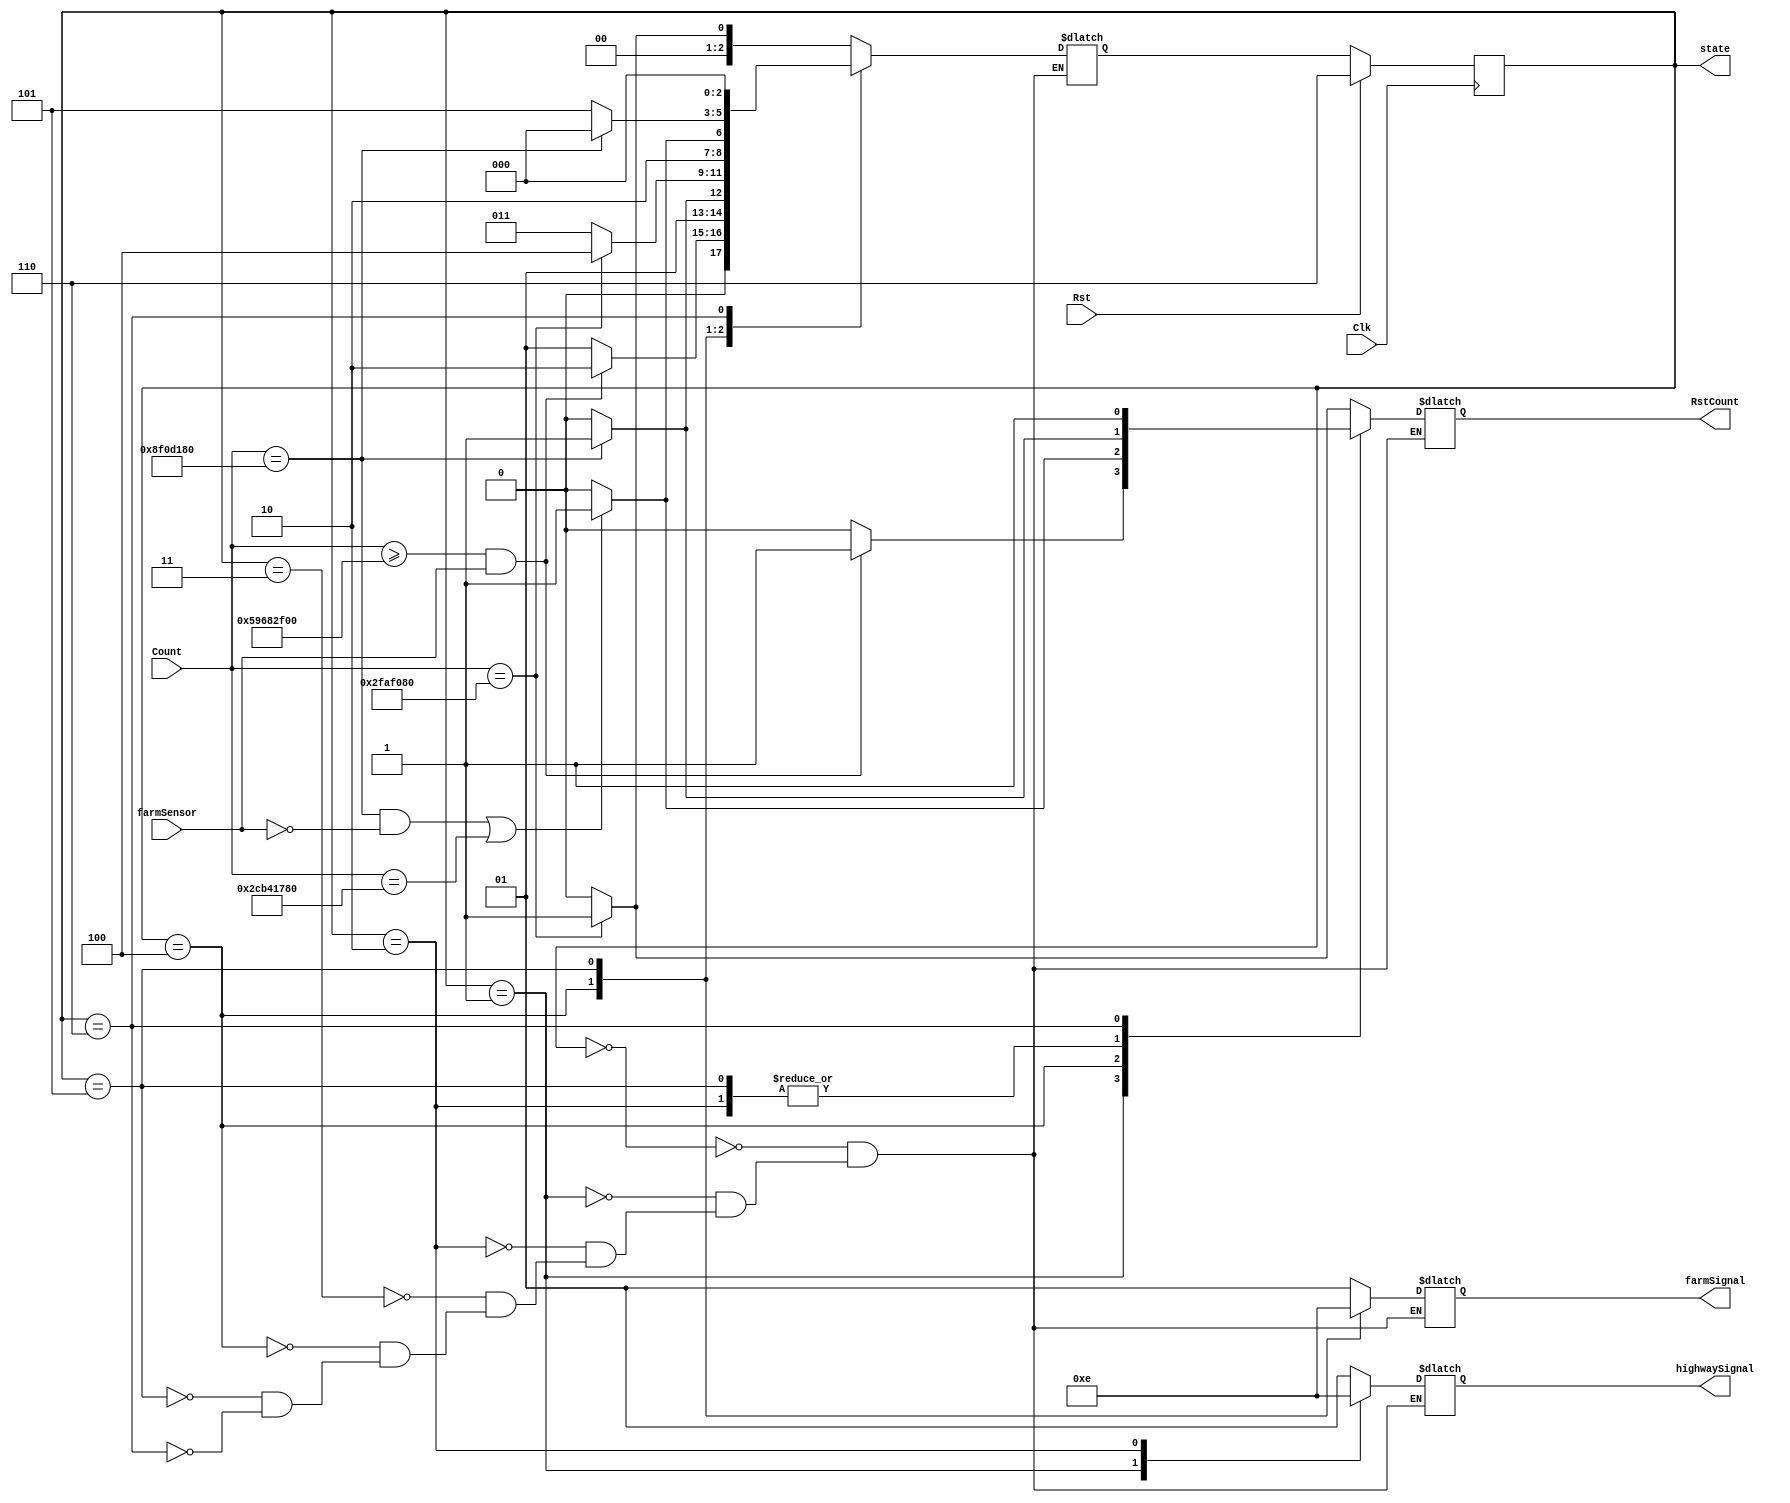
`timescale 1ns / 1ps
`default_nettype none

`define one_sec 50000000
`define three_sec 150000000
`define thirty_sec 1500000000
`define fifteen_sec 750000000

module tlc_fsm(
    output reg [2:0] state, //output for debugging
    output reg RstCount, //use an always block
    output reg [1:0] highwaySignal, farmSignal,
    input wire [30:0] Count,
    input wire Clk, Rst, farmSensor
);

//highway lights
parameter green = 2'b11,
          yellow = 2'b10,
          red = 2'b01;
    
//defining states
parameter S0 = 3'b000,
          S1 = 3'b001,
          S2 = 3'b010,
          S3 = 3'b011,
          S4 = 3'b100,
          S5 = 3'b101,
          S6 = 3'b110;
          
reg [2:0] nextState;

//states
always@(Count) 
case(state)

S0: begin
    if(Count == `one_sec)
        nextState = S1;
    else
        nextState = S0;
    end
     
S1: begin
    if(Count >= `thirty_sec && farmSensor == 1) 
        nextState = S2;
    else
        nextState = S1;
    end 
    
S2: begin
    if(Count == `three_sec) 
        nextState = S3;
    else
        nextState = S2;
    end
     
S3: begin
    if(Count == `one_sec) 
        nextState = S4;
    else
        nextState = S3;
    end 
S4: begin
    if((Count == `three_sec && farmSensor == 0) || Count == `fifteen_sec) 
        nextState = S5;
    else
        nextState = S4;
    end 
S5: begin
    if(Count == `three_sec) 
        nextState = S0;
    else
        nextState = S5;
    end
S6: begin
    nextState = S0;
    end
    
endcase

//output
always@(*)
case(state)

S0: begin
    highwaySignal = red;
    farmSignal = red;
    if(Count == `one_sec) 
        RstCount = 1;
    else 
        RstCount = 0;
    end 
    
S1: begin
    highwaySignal = green;
    farmSignal = red;
    if(Count >= `thirty_sec && farmSensor == 1) 
        RstCount = 1;
    else 
        RstCount = 0;
    end 
    
S2: begin
    highwaySignal = yellow;
    farmSignal = red;
    if(Count == `three_sec) 
        RstCount = 1;
    else 
        RstCount = 0;
    end 
    
S3: begin
    highwaySignal = red;
    farmSignal = red;
    if(Count == `one_sec) 
        RstCount = 1;
    else
        RstCount = 0;
    end
     
S4: begin
    highwaySignal = red;
    farmSignal = green;
    if((Count == `three_sec && farmSensor == 0) || Count == `fifteen_sec) 
        RstCount = 1;
    else
        RstCount = 0;
    end 

S5: begin
    highwaySignal = red;
    farmSignal = yellow;
    if(Count == `three_sec) 
        RstCount = 1;
    else
        RstCount = 0;
    end
S6: begin
    highwaySignal = red;
    farmSignal = red;
    RstCount = 1;
    end
    
endcase


//the clock
always@(posedge Clk)
    if(Rst)
        state <= S6;
    else
        state <= nextState;
        
endmodule